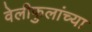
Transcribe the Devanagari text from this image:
वेलीफुलांच्या